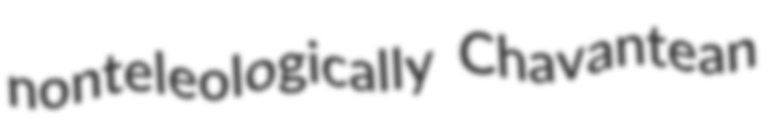
nonteleologically Chavantean